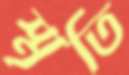
স্মৃতি